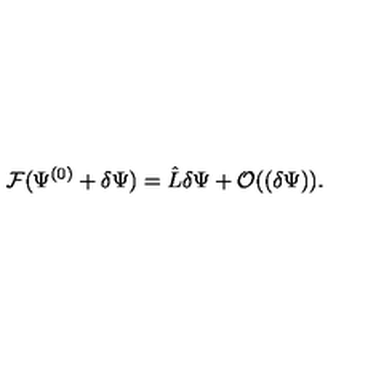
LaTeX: { \cal F } ( \Psi ^ { ( 0 ) } + \delta \Psi ) = \hat { L } \delta \Psi + { \cal O } ( ( \delta \Psi ) ) .